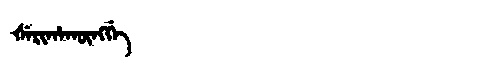
Manchu: ᡧᡝᡵᡳᡥᠠᡴᡡᠩᡤᡝ
Romanization: ŠERIHAKŪNGGE